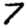
Digit: 7